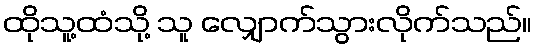
ထိုသူ့ထံသို့ သူ လျှောက်သွားလိုက်သည်။